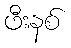
ဖီးနစ်